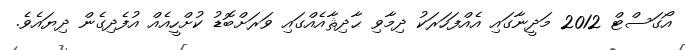
އޯގަސްޓް 2012 މަދީނާގައި އެއްފަހަރަކު ދިމާވި ޙާދިޘާއެއްގައި ވަރަށްބޮޑު ކުށްހީއެއް އުފެދިގެން ދިޔައެވެ.